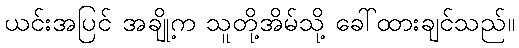
ယင်းအပြင် အချို့က သူတို့အိမ်သို့ ခေါ်ထားချင်သည်။